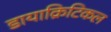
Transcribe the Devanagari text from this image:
डायाक्रिटिकल